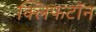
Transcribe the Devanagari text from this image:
क्लिफटॉन